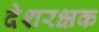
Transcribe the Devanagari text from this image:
देशरक्षक